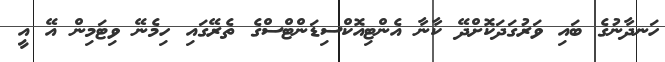
ހަނދާނުގެ ބައި ވަރުގަދަކޮށްދޭ ކާނާ އެންޓިއޮކްސިޑަންޓްސްގެ ތެރޭގައި ހިމެނޭ ވިޓަމިން އޭ އީ